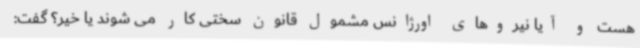
هست و آیا نیروهای اورژانس مشمول قانون سختی کار می شوند یا خیر؟ گفت: